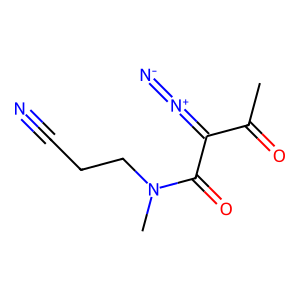
SMILES: CC(=O)C(=[N+]=[N-])C(=O)N(C)CCC#N
Inhibits HIV replication: No